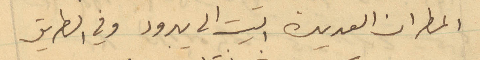
المطران العديدة اتيت الى يبرود وفي الطريق